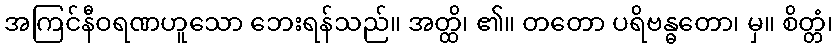
အကြင်နီဝရဏဟူသော ဘေးရန်သည်။ အတ္ထိ၊ ၏။ တတော ပရိဗန္ဓတော၊ မှ။ စိတ္တံ၊